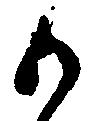
御